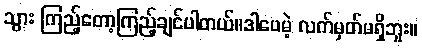
သွား ကြည့်တော့ကြည့်ချင်ပါတယ်။ဒါပေမဲ့ လက်မှတ်မရှိဘူး။